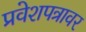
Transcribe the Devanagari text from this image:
प्रवेशपत्रावर